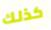
كذلك